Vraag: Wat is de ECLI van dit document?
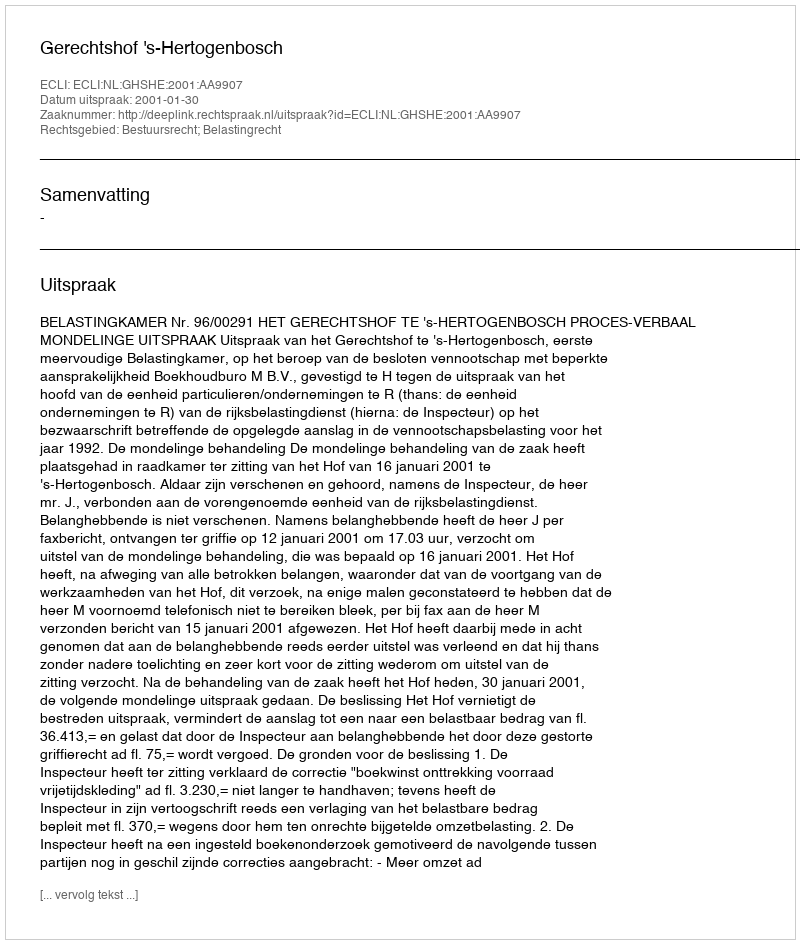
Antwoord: ECLI:NL:GHSHE:2001:AA9907